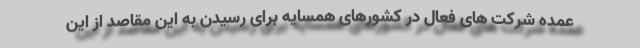
عمده شرکت های فعال در کشورهای همسایه برای رسیدن به این مقاصد از این